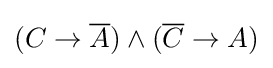
(C\rightarrow {\overline {A}})\wedge ({\overline {C}}\rightarrow A)